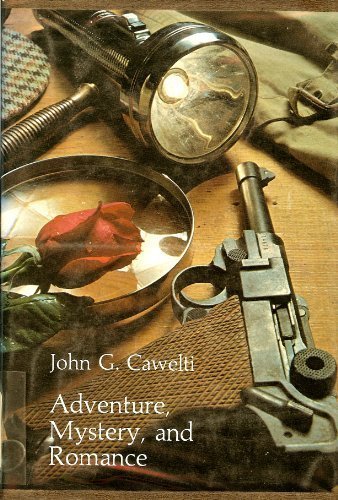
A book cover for Adventure, Mystery and Romance: Formula Stories as Art and Popular Culture; John G. Cawelti; Romance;